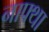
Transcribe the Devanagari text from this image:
नाफ्था